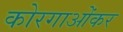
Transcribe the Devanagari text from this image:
कोरगाओंकर